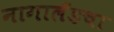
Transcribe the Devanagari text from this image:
नागालँडचा